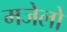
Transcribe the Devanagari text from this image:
मजेलो